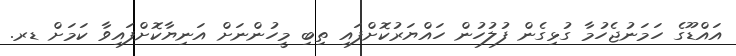
އައްޑޫގެ ހަމަނުޖެހުމާ ގުޅިގެން ފުލުހުން ހައްޔަރުކޮށްފައި ތިބި މީހުންނަށް އަނިޔާކޮށްފައިވާ ކަމަށް ޑރ.